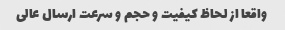
واقعا از لحاظ کیفیت و حجم و سرعت ارسال عالی